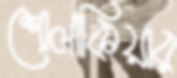
শোলাকিয়ার